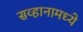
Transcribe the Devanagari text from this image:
सव्हानामध्ये